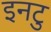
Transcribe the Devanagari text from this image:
इनटु